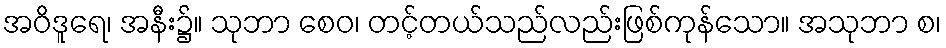
အဝိဒူရေ၊ အနီး၌။ သုဘာ စေဝ၊ တင့်တယ်သည်လည်းဖြစ်ကုန်သော။ အသုဘာ စ၊